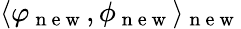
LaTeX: \langle\varphi_{\mathrm{~n~e~w~}},\phi_{\mathrm{~n~e~w~}}\rangle_{\mathrm{~n~e~w~}}